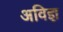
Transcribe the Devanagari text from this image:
अविज्ञ